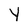
Character: Y